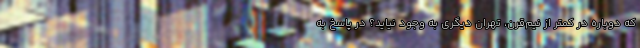
که دوباره در کمتر از نیم‌قرن، تهران دیگری به وجود نیاید؟ در پاسخ به